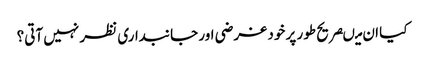
کیا ان میںصریح طور پر خود غرضی اور جانبداری نظر نہیں آتی؟